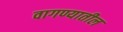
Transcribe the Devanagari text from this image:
वागण्यातील